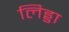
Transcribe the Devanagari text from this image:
लिड्डा